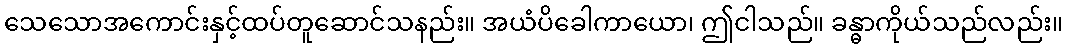
သေသောအကောင်းနှင့်ထပ်တူဆောင်သနည်း။ အယံပိခေါကာယော၊ ဤငါသည်။ ခန္ဓာကိုယ်သည်လည်း။